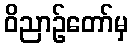
ဝိညာဉ်တော်မှ